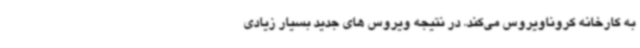
به کارخانه کروناویروس می‌کند. در نتیجه ویروس های جدید بسیار زیادی